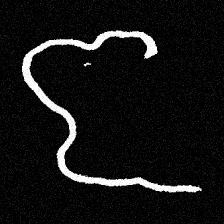
Pyu character \u2014 Myanmar letter: ဇ (romanized: ja)